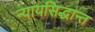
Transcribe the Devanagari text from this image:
न्यायसिद्धान्त